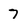
Character: 7